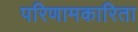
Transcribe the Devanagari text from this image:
परिणामकारिता